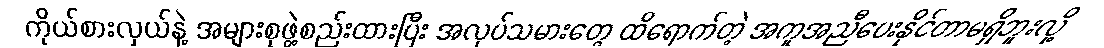
ကိုယ်စားလှယ်နဲ့ အများစုဖွဲ့စည်းထားပြီး အလုပ်သမားတွေ ထိရောက်တဲ့ အကူအညီပေးနိုင်တာမရှိဘူးလို့